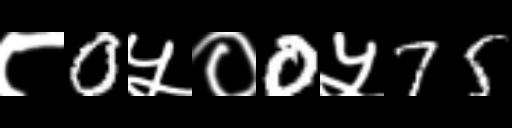
Text: ८0५०0५75